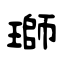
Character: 瑡